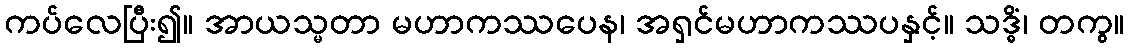
ကပ်လေပြီး၍။ အာယသ္မတာ မဟာကဿပေန၊ အရှင်မဟာကဿပနှင့်။ သဒ္ဓိံ၊ တကွ။